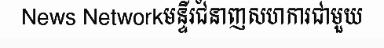
News Networkមន្ទីរជំនាញសហការជាមួយ